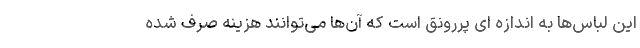
این لباس‌ها به اندازه ای پررونق است که آن‌ها می‌توانند هزینه صرف شده